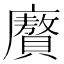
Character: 𭚍